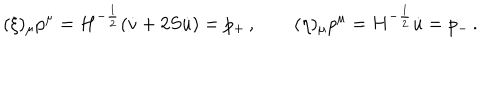
( \xi ) _ { \mu } p ^ { \mu } = H ^ { - { \frac { 1 } { 2 } } } ( \dot { v } + 2 S \dot { u } ) = p _ { + } \, , \quad \quad ( \eta ) _ { \mu } p ^ { \mu } = H ^ { - { \frac { 1 } { 2 } } } \dot { u } = p _ { - } \, .